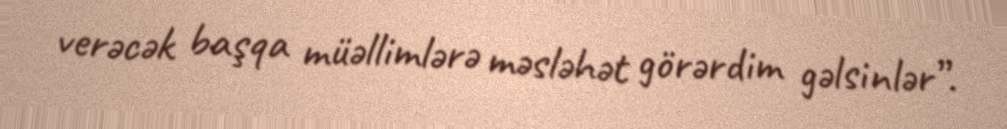
verəcək başqa müəllimlərə məsləhət görərdim gəlsinlər”.